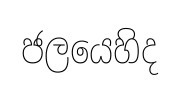
ජලයෙහිද